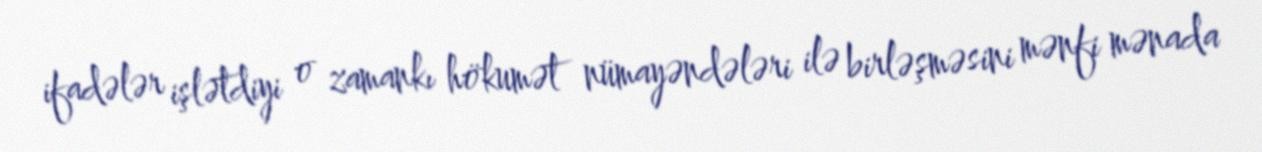
ifadələr işlətdiyi o zamankı hökumət nümayəndələri ilə birləşməsini mənfi mənada